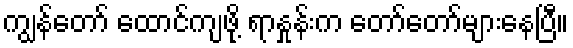
ကျွန်တော် ထောင်ကျဖို့ ရာနှုန်းက တော်တော်များနေပြီ။